Annual report of the Punjab Veterinary College and of the Civil Veterinary Department, Punjab - 1920-1925
Year: 1920
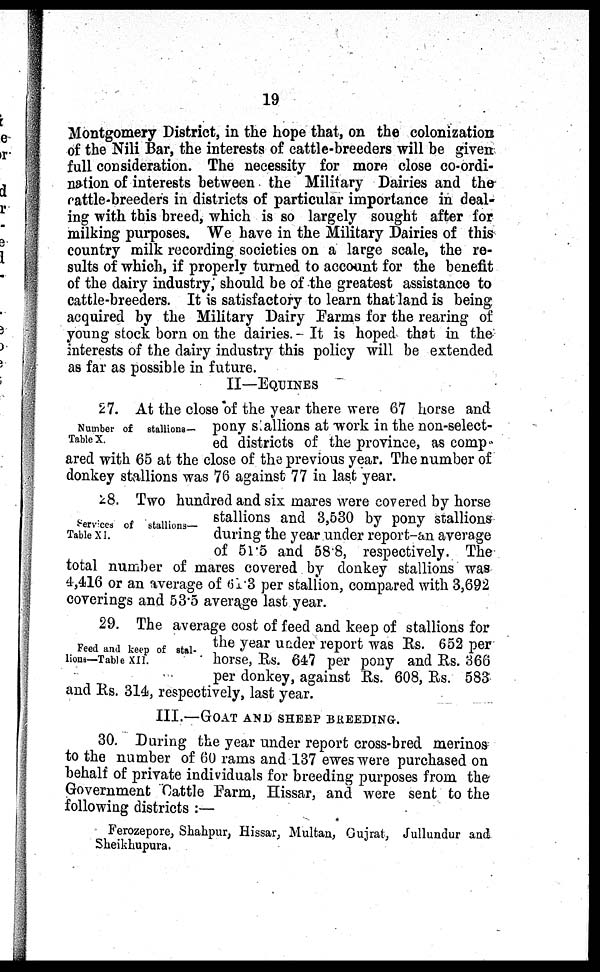
19
Montgomery District, in the hope that, on the colonization
of the Nili Bar, the interests of cattle-breeders will be given
full consideration. The necessity for more close co-ordi-
nation of interests between the Military Dairies and the
cattle-breeders in districts of particular importance in deal-
ing with this breed, which is so largely sought after for
milking purposes. We have in the Military Dairies of this
country milk recording societies on a large scale, the re-
sults of which, if properly turned to account for the benefit
of the dairy industry, should be of the greatest assistance to
cattle-breeders. It is satisfactory to learn that land is being
acquired by the Military Dairy Farms for the rearing of
young stock born on the dairies. - It is hoped that in the
interests of the dairy industry this policy will be extended
as far as possible in future.
II—EQUINES
Number of
stallions-
Table X.
27. At the close of the year there were 67 horse and
pony s allions at work in the non-select-
ed districts of the province, as comp
ared with 65 at the close of the previous year. The number of
donkey stallions was 76 against 77 in last year.
Services of
stallions-
Table XI.
28. Two hundred and six mares were covered by horse
stallions and 3,530 by pony stallions
during the year under report-an average
of 51.5 and 58.8, respectively. The
total number of mares covered by donkey stallions was
4,416 or an average of 61.3 per stallion, compared with 3,692
coverings and 53.5 average last year.
Feed and keep of stal-
lions—Table XII.
29. The average cost of feed and keep of stallions for
the year under report was Rs. 652 per
horse, Rs. 647 per pony and Rs. 366
per donkey, against Rs. 608, Rs. 583
and Rs. 314, respectively, last year.
III.—GOAT AND SHEEP BREEDING.
30. During the year under report cross-bred merinos
to the number of 60 rams and 137 ewes were purchased on
behalf of private individuals for breeding purposes from the
Government Cattle Farm, Hissar, and were sent to the
following districts:—
Ferozepore, Shahpur, Hissar, Multan, Gujrat, Jullundur and
Sheikhupura.